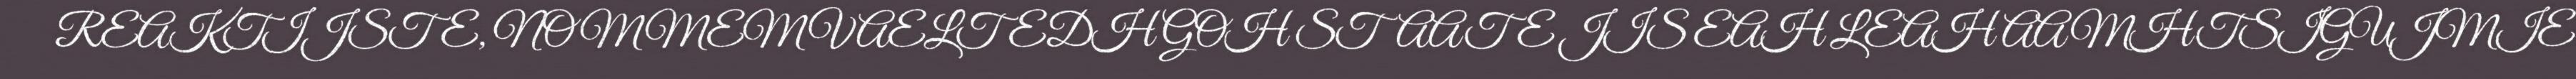
REAKTIJSTE, NOMMEM VAELTEDH GOH STAATE JIS EAH LEAH AAMHTSIGUJMIE